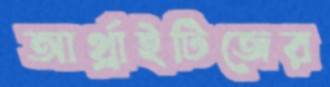
আর্থ্রাইটিজের